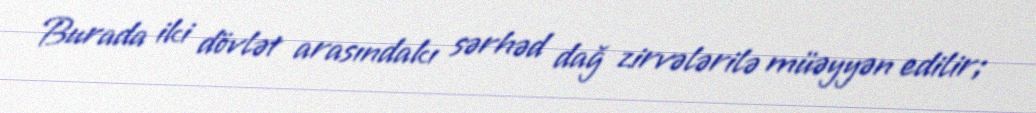
Burada iki dövlət arasındakı sərhəd dağ zirvələrilə müəyyən edilir;